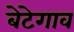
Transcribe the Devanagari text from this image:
बेटेगाव